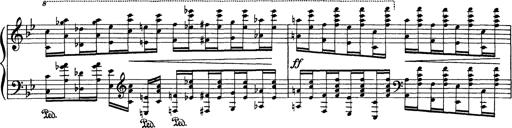
Title: PhantasiestÃ¼ck Ã¼ber Motive aus 'Rienzi'
Composer: Franz Liszt